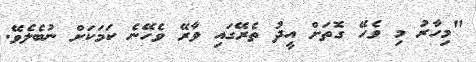
"މިހާރު މި ވެހޭ ގޮތަށް އީދު ތެރޭގައި ވާރޭ ވެހޭނެ ކަމަކަށް ނުބެލެވޭ.